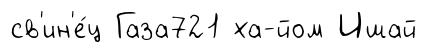
св'ин'е́ц Газа721 ха-йом Ишай